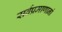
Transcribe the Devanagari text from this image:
सर्वप्रमाणानां